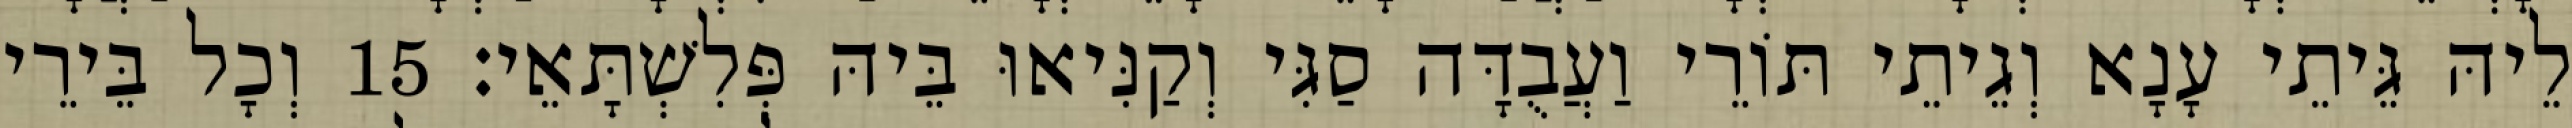
לֵיהּ גֵּיתֵי עָנָא וְגֵיתֵי תּוֹרֵי וַעֲבֻדָּה סַגִּי וְקַנִּיאוּ בֵּיהּ פְּלִשְׁתָּאֵי׃ 15 וְכָל בֵּירֵי